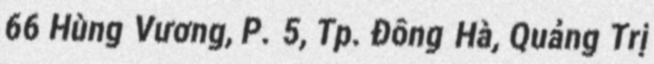
66 Hùng Vương, P. 5, Tp. Đông Hà, Quảng Trị